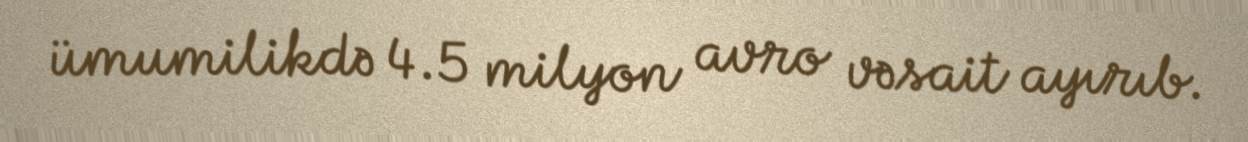
ümumilikdə 4.5 milyon avro vəsait ayırıb.